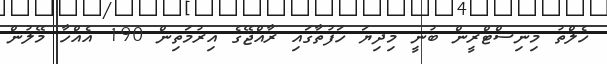
ހެލްތު މިނިސްޓްރީން ބުނީ މިދިޔަ ހަފުތާގައި ރާއްޖޭގެ އިރުމަތިން 190 އެއްހާ މޭލުން